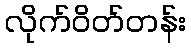
လိုက်ဝိတ်တန်း